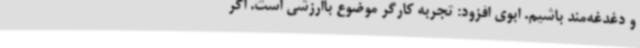
و دغدغه‌مند باشیم. ابوی افزود: تجربه کارگر موضوع باارزشی‌ است. اگر